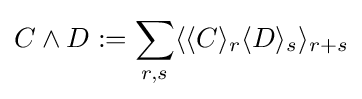
C\wedge D:=\sum _{r,s}\langle \langle C\rangle _{r}\langle D\rangle _{s}\rangle _{r+s}